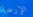
الإرضاء